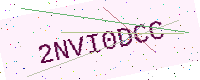
Text: 2NVI0DCC